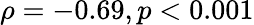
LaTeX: \rho=-0.69,p<0.001